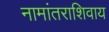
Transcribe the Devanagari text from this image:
नामांतराशिवाय